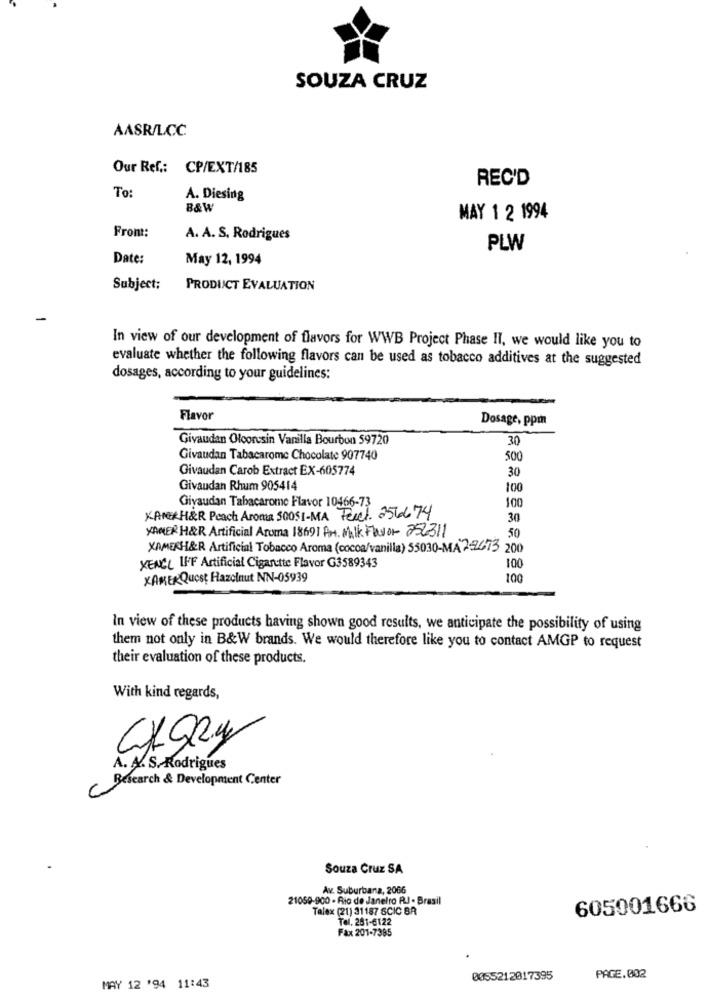
SOUZA CRUZ
AASR/LCC
Our Ref .: CP/EXT/185
REC'D
To:
A. Diesing
B&W
MAY 1 2 1994
Front:
A. A. S. Rodrigues
PLW
Date:
May 12, 1994
Subject:
PRODUCT EVALUATION
-
In view of our development of flavors for WWB Project Phase II, we would like you to
evaluate whether the following flavors can be used as tobacco additives at the suggested
dosages, according to your guidelines:
Flavor
Dosage, ppm
Givaudan Olcorcsin Vanilla Bourbon 59720
30
Givaudan Tabacarome Chocolate 907740
500
Givaudan Carob Extract EX-605774
30
Givaudan Rhum 905414
100
Givaudan Tabacarome Flavor 10466-73
100
XAVERH&R Peach Aroma 500SI-MA Fenel. 256674
30
ANER H&R Artificial Aroma 18691 PM. Milk Favor 252311
50
XAMERH&R Artificial Tobacco Aroma (cocoa/vanilla) 55030-MA 252673 200
XENCL IFF Artificial Cigarette Flavor G3589343
100
XAMERQuest Hazelnut NN-05939
100
In view of these products having shown good results, we anticipate the possibility of using
them not only in B&W brands. We would therefore like you to contact AMGP to request
their evaluation of these products.
With kind regards,
CHORY
A. A. S. Rodrigues
Research & Development Center
Souza Cruz SA
Av. Suburbana, 2066
21059-900 - Rio de Janeiro RJ - Brasil
Talex (21) 31187 SCIC BA
605001666
Tel. 281-6122
Fax 201-7385
0055212017395
PAGE.002
MAY 12 '94 11:43